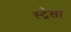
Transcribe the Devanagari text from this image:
स्ट्रेसा